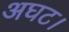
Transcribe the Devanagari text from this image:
अघट।